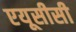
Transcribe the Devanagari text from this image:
एयूसीसी